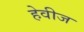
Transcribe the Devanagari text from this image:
हेवीज